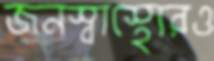
জনস্বাস্থ্যেরও